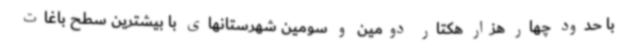
با حدود چهار هزار هکتار دومین و سومین شهرستانهای با بیشترین سطح باغات